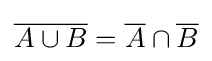
{\overline {A\cup B}}={\overline {A}}\cap {\overline {B}}